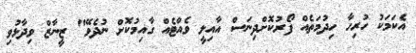
އެކަމަކު ހުރިހާ ހިދުމަތެއް ފޯރުކޮށްދިނަސް އާއިލީ ވެއްޓެއް ގާއިމުކޮށް ނުދެވޭ" ޒީނާޒް ވިދާޅުވި